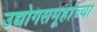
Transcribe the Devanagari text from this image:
उद्योगसमूहांच्या